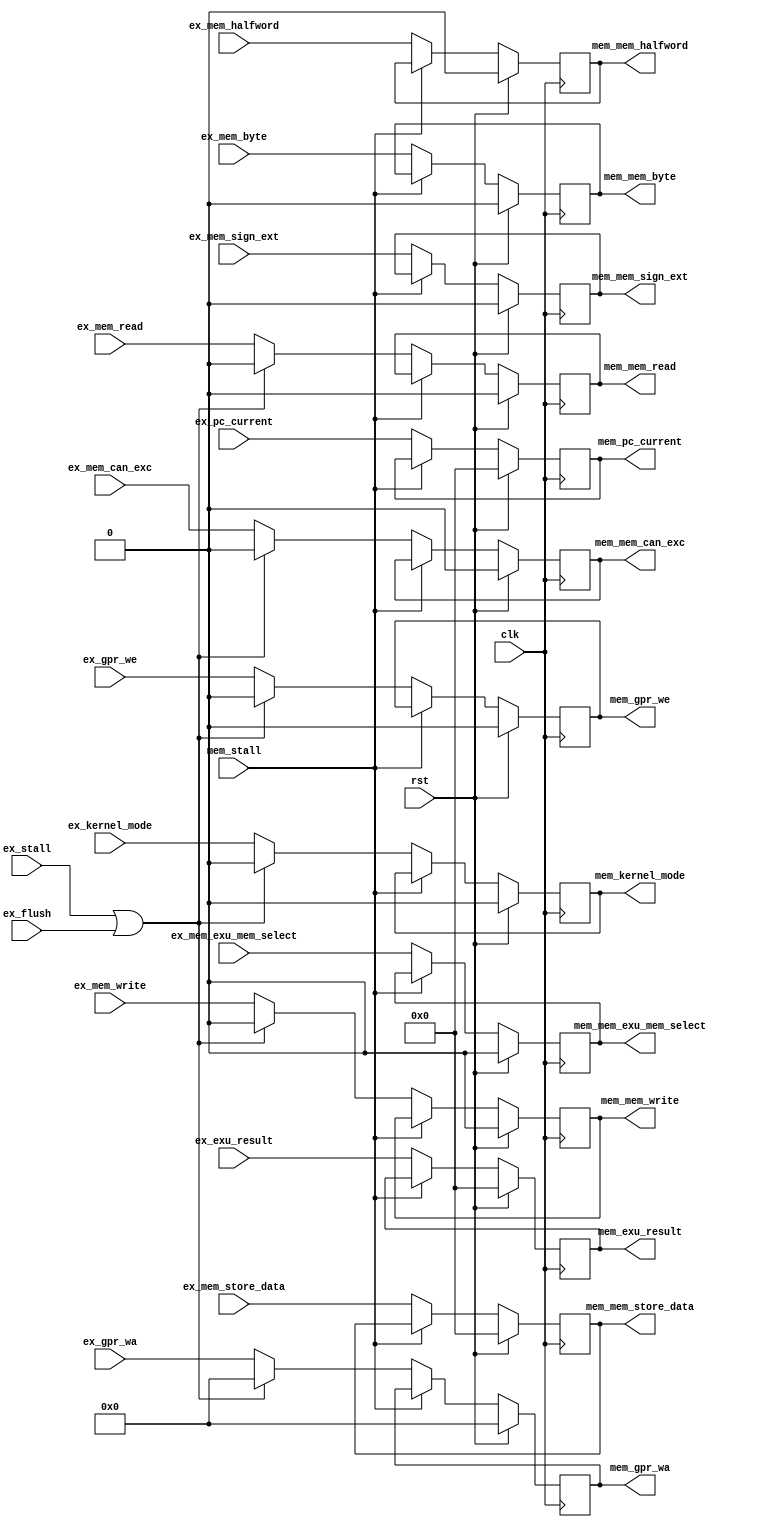
module ada_exmem_stage(
    input               clk,                    // main clock
    input               rst,                    // main reset
    input       [31:0]  ex_exu_result,          // ALU result
    input       [31:0]  ex_mem_store_data,      // data to memory
    input               ex_mem_write,           // Mem write operation
    input               ex_mem_read,            // Mem read operation
    input               ex_mem_byte,            // byte operation
    input               ex_mem_halfword,        // halfword operation
    input               ex_mem_sign_ext,        // Sign/Zero extend data from memory
    input               ex_mem_exu_mem_select,  // Select data from EX or MEM
    input       [4:0]   ex_gpr_wa,              // GPR write address
    input               ex_gpr_we,              // GPR write enable
    input               ex_kernel_mode,         // kernel mode in the moment of instruction decode
    //input               ex_is_ds,               // this instruction is a BDS
    input       [31:0]  ex_pc_current,          // instruction's PC
    input               ex_mem_can_exc,         // MEM instruction can generate an exception
    input               ex_flush,               // flush EX stage
    input               ex_stall,               // stall EX stage
    input               mem_stall,              // stall MEM stage
    output  reg [31:0]  mem_exu_result,         // ALU result
    output  reg [31:0]  mem_mem_store_data,     // data to memory
    output  reg         mem_mem_write,          // Mem write operation
    output  reg         mem_mem_read,           // Mem read operation
    output  reg         mem_mem_byte,           // byte operation
    output  reg         mem_mem_halfword,       // halfword operation
    output  reg         mem_mem_sign_ext,       // Sign/Zero extend data from memory
    output  reg         mem_mem_exu_mem_select, // Select data from EX or MEM
    output  reg [4:0]   mem_gpr_wa,             // GPR write address
    output  reg         mem_gpr_we,             // GPR write enable
    output  reg         mem_kernel_mode,        // kernel mode in the moment of instruction decode
    //output  reg         mem_is_ds,              // this instruction is a BDS
    output  reg [31:0]  mem_pc_current,         // instruction's PC
    output  reg         mem_mem_can_exc         // MEM instruction can generate an exception
    );

    //--------------------------------------------------------------------------
    // Propagate signals
    //--------------------------------------------------------------------------
    always @(posedge clk) begin
        mem_exu_result         <= (rst) ? 32'b0 : ((mem_stall) ? mem_exu_result                                         : ex_exu_result);
        mem_mem_store_data     <= (rst) ? 32'b0 : ((mem_stall) ? mem_mem_store_data                                     : ex_mem_store_data);
        mem_mem_write          <= (rst) ? 1'b0  : ((mem_stall) ? mem_mem_write          : ((ex_stall | ex_flush) ? 1'b0 : ex_mem_write));
        mem_mem_read           <= (rst) ? 1'b0  : ((mem_stall) ? mem_mem_read           : ((ex_stall | ex_flush) ? 1'b0 : ex_mem_read));
        mem_mem_byte           <= (rst) ? 1'b0  : ((mem_stall) ? mem_mem_byte                                           : ex_mem_byte);
        mem_mem_halfword       <= (rst) ? 1'b0  : ((mem_stall) ? mem_mem_halfword                                       : ex_mem_halfword);
        mem_mem_sign_ext       <= (rst) ? 1'b0  : ((mem_stall) ? mem_mem_sign_ext                                       : ex_mem_sign_ext);
        mem_mem_exu_mem_select <= (rst) ? 1'b0  : ((mem_stall) ? mem_mem_exu_mem_select                                 : ex_mem_exu_mem_select);
        mem_gpr_wa             <= (rst) ? 5'b0  : ((mem_stall) ? mem_gpr_wa             : ((ex_stall | ex_flush) ? 5'b0 : ex_gpr_wa));
        mem_gpr_we             <= (rst) ? 1'b0  : ((mem_stall) ? mem_gpr_we             : ((ex_stall | ex_flush) ? 1'b0 : ex_gpr_we));
        mem_kernel_mode        <= (rst) ? 1'b0  : ((mem_stall) ? mem_kernel_mode        : ((ex_stall | ex_flush) ? 1'b0 : ex_kernel_mode));
        //mem_is_ds              <= (rst) ? 1'b0  : ((mem_stall) ? mem_is_ds                                              : ex_is_ds);
        mem_pc_current         <= (rst) ? 32'b0 : ((mem_stall) ? mem_pc_current                                         : ex_pc_current);
        mem_mem_can_exc        <= (rst) ? 1'b0  : ((mem_stall) ? mem_mem_can_exc        : ((ex_stall | ex_flush) ? 1'b0 : ex_mem_can_exc));
    end
endmodule